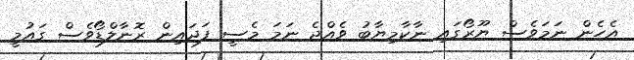
އެހެން ނަމަވެސް ޔޫރޯގައި ނާކާމިޔާބު ވެއްޖެ ނަމަ މެސީ ފަދައިން ރޮނާލްޑޯވެސް ގައުމީ